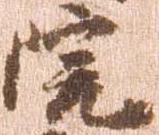
院